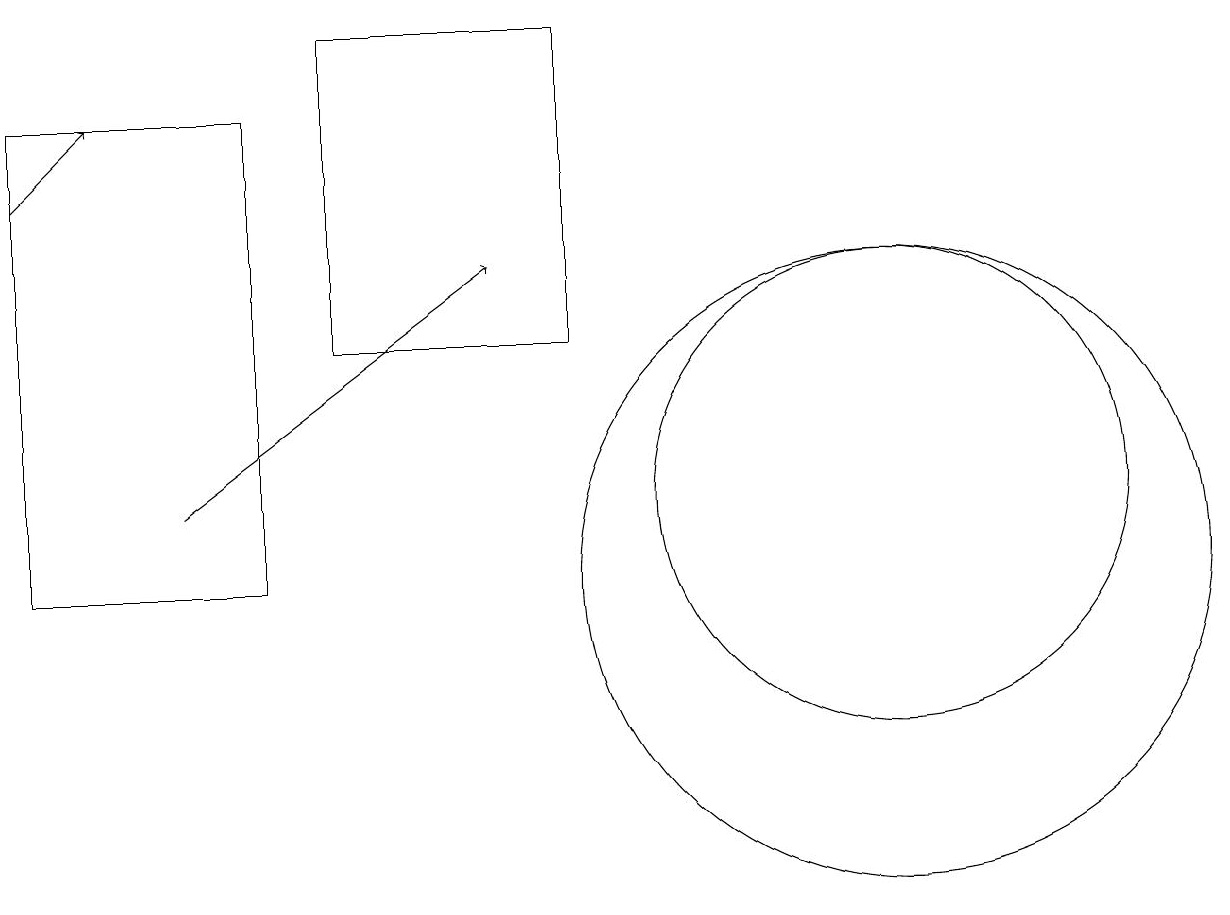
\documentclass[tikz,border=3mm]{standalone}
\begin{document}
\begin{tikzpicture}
\draw (11,12) circle (3);
\draw (11,11) circle (4);
\draw[->] (0,16) -- (1,17);
\draw (4,14) rectangle (7,18);
\draw (0,17) rectangle (3,11);
\draw[->] (2,12) -- (6,15);
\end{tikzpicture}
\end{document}